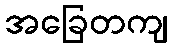
အခြေတကျ